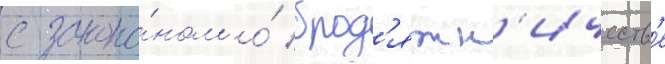
с зако́ном о́ брод'яжн'ичеств'е